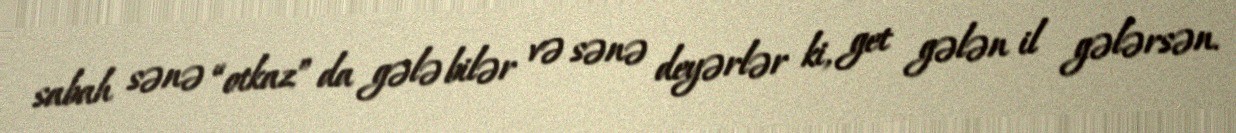
sabah sənə “otkaz” da gələ bilər və sənə deyərlər ki, get gələn il gələrsən.